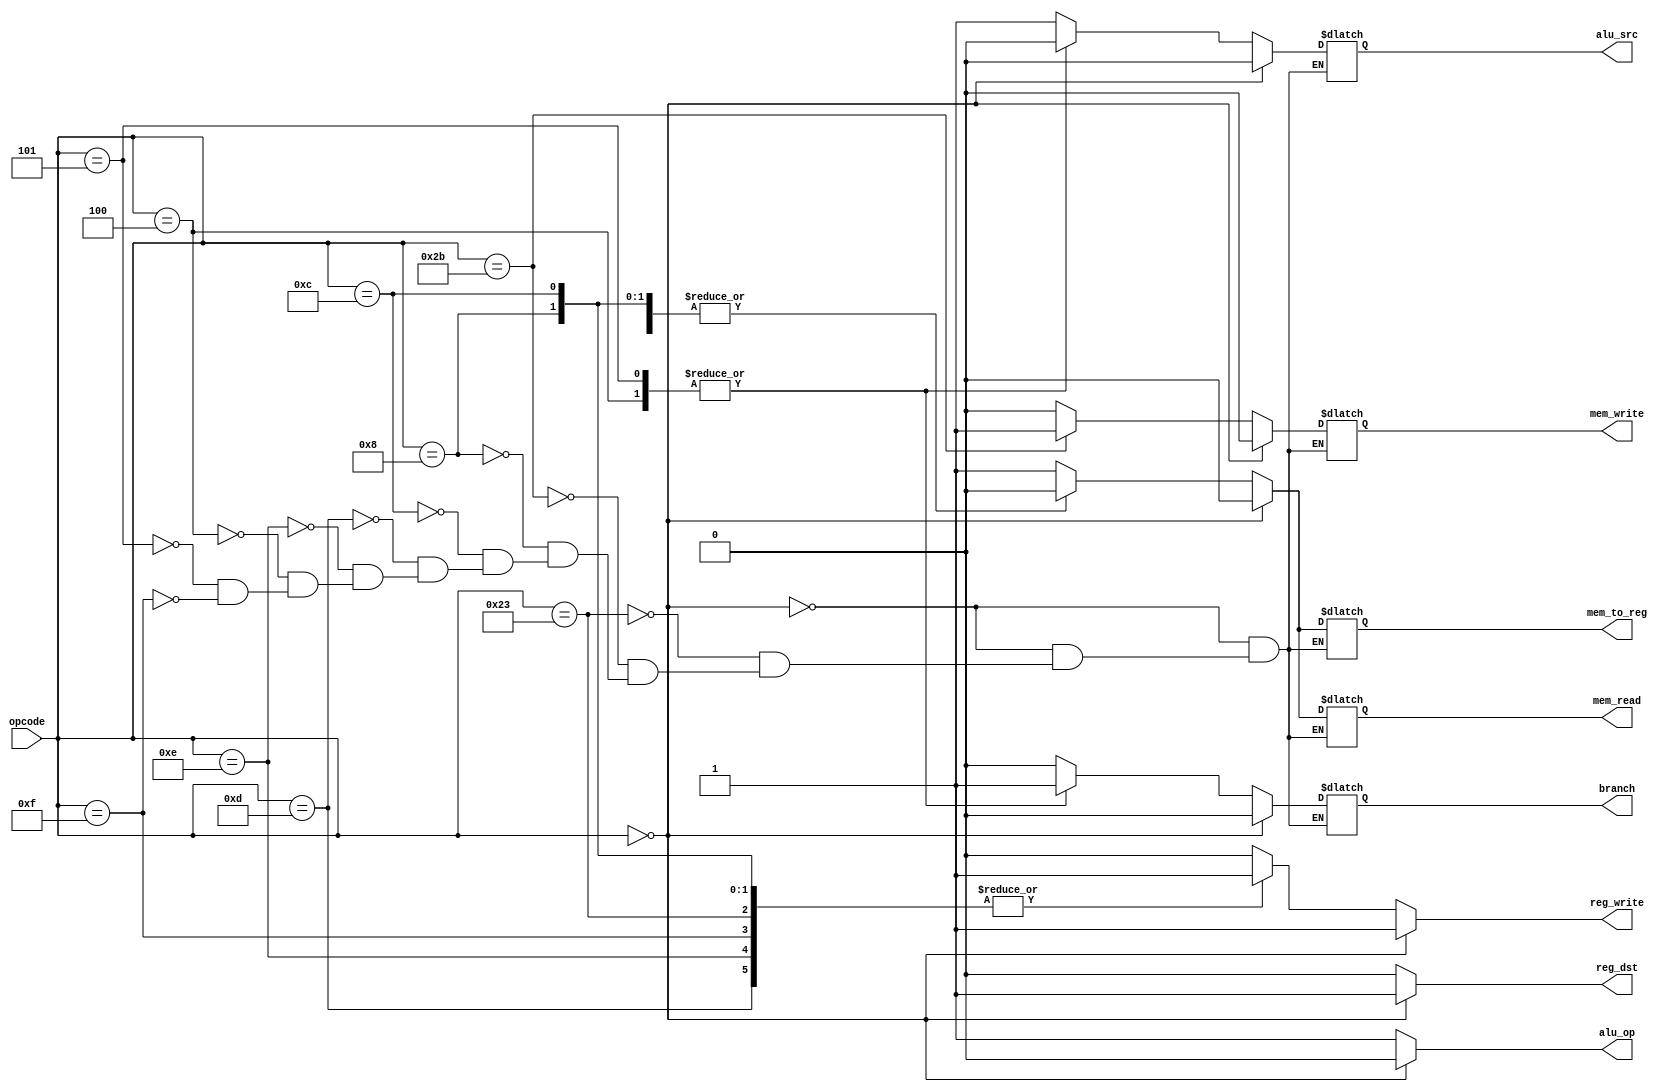
`timescale 1ns / 1ps
//////////////////////////////////////////////////////////////////////////////////
// Company: 
// Engineer: 
// 
// Design Name: 
// Module Name:    ControlUnit 
// Project Name: 
// Target Devices: 
// Tool versions: 
// Description: 
//
// Dependencies: 
//
// Revision: 
// Revision 0.01 - File Created
// Additional Comments: 
//
//////////////////////////////////////////////////////////////////////////////////
module ControlUnit(
    input [5:0] opcode,
	 output reg reg_dst, //how the destination register is specified : 0 rt 1 rd
	 output reg reg_write, //enables a write to one of the registers
	 
    output reg alu_op, //specifies if the operation should be determined from the function bits 0(R) or opcode 1(I)
    output reg alu_src, //the second source operand for the ALU : 0 register 1 sign-extended
	 
	 output reg branch, //combined with a condition test boolean to
	 //enable loading the branch target address into the PC

    output reg mem_read, //enables a memory read for load instructions
    output reg mem_write, //enables a memory write for store instructions
	 output reg mem_to_reg //where the value to be written comes from : 0 alu result 1 memory
    );
	 
	 always @(*)  
		 begin
			 if(opcode == 6'b000000)//R-Type
				begin
					reg_dst = 1;
					reg_write = 1;
					alu_op = 0;
					alu_src = 0;
					branch = 0;
					mem_read = 0;
					mem_write = 0;
					mem_to_reg = 0;
				end
			else //I-format
				begin
					alu_op = 1;
					reg_dst = 0;
					case(opcode)
						6'b100011: //lw
							begin
								reg_write = 1;
								alu_src = 1;
								branch = 0;
								mem_read = 1;
								mem_write = 0;
								mem_to_reg = 1;
							end						
							
							6'b101011: //sw
							begin
								reg_write = 0;
								alu_src = 1;
								branch = 0;
								mem_read = 0;
								mem_write = 1;
								mem_to_reg = 0;
							end
						
						6'b001000: // addi
							begin
								reg_write = 1;
								alu_src = 1;
								branch = 0;
								mem_read = 0;
								mem_write = 0;
								mem_to_reg = 0;
							end
							
						6'b001100: // andi
							begin
								reg_write = 1;
								alu_src = 1;
								branch = 0;
								mem_read = 0;
								mem_write = 0;
								mem_to_reg = 0;
							end
							
						6'b001101: // ori
							begin
								reg_write = 1;
								alu_src = 1;
								branch = 0;
								mem_read = 0;
								mem_write = 0;
								mem_to_reg = 0;
							end
							
						6'b001110: //xori
							begin
								reg_write = 1;
								alu_src = 1;
								branch = 0;
								mem_read = 0;
								mem_write = 0;
								mem_to_reg = 0;
							end
						
						6'b000100: //beq 
							begin
								reg_write = 0;
								alu_src = 0;
								branch = 1;
								mem_read = 0;
								mem_write = 0;
								mem_to_reg = 0;
							end
							
						6'b000101://bne
							begin
								reg_write = 0;
								alu_src = 0;
								branch = 1;
								mem_read = 0;
								mem_write = 0;
								mem_to_reg = 0;
							end
							
						6'b01111: //lui
							begin
								reg_write = 1;
								alu_src = 1;
								branch = 0;
								mem_read = 0;
								mem_write = 0;
								mem_to_reg = 0;
							end
							default: reg_write = 0; 
						endcase
				end
				
			
			  
		 end


endmodule